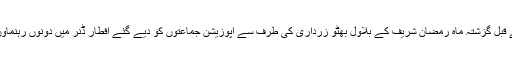
واضح رہے کہ اس سے قبل گزشتہ ماہ رمضان شریف کے بلاول بھٹو زرداری کی طرف سے اپوزیشن جماعتوں کو دیے گئے افطار ڈنر میں دونوں رہنماوں کی ملاقات ہوئی تھی۔